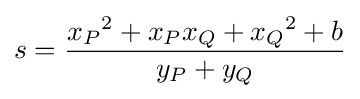
s={\frac {{x_{P}}^{2}+x_{P}x_{Q}+{x_{Q}}^{2}+b}{y_{P}+y_{Q}}}